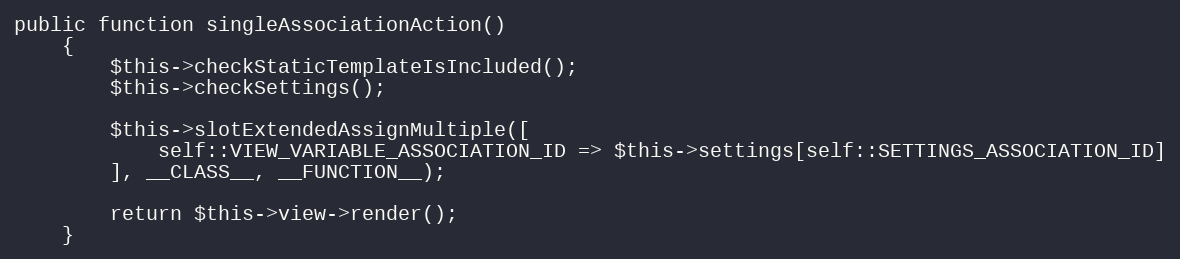
Language: PHP
public function singleAssociationAction()
    {
        $this->checkStaticTemplateIsIncluded();
        $this->checkSettings();

        $this->slotExtendedAssignMultiple([
            self::VIEW_VARIABLE_ASSOCIATION_ID => $this->settings[self::SETTINGS_ASSOCIATION_ID]
        ], __CLASS__, __FUNCTION__);

        return $this->view->render();
    }